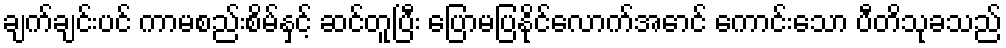
ချက်ချင်းပင် ကာမစည်းစိမ်နှင့် ဆင်တူပြီး ပြောမပြနိုင်လောက်အောင် ကောင်းသော ပီတိသုခသည်